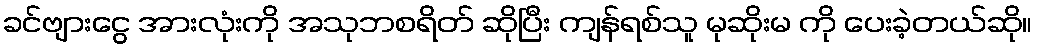
ခင်ဗျားငွေ အားလုံးကို အသုဘစရိတ် ဆိုပြီး ကျန်ရစ်သူ မုဆိုးမ ကို ပေးခဲ့တယ်ဆို။